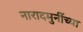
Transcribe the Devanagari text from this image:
नारादमुनींच्या